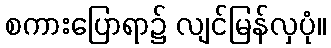
စကားပြောရာ၌ လျင်မြန်လှပုံ။